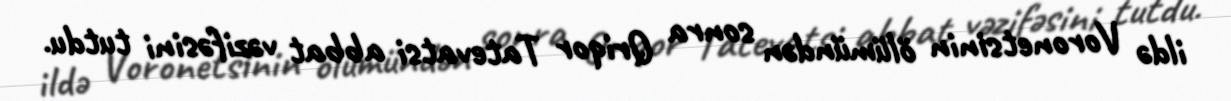
ildə Voronetsinin ölümündən sonra Qriqor Tatevatsi abbat vəzifəsini tutdu.